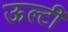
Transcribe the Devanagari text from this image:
ऊल्टी